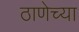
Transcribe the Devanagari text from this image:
ठाणेच्‍या